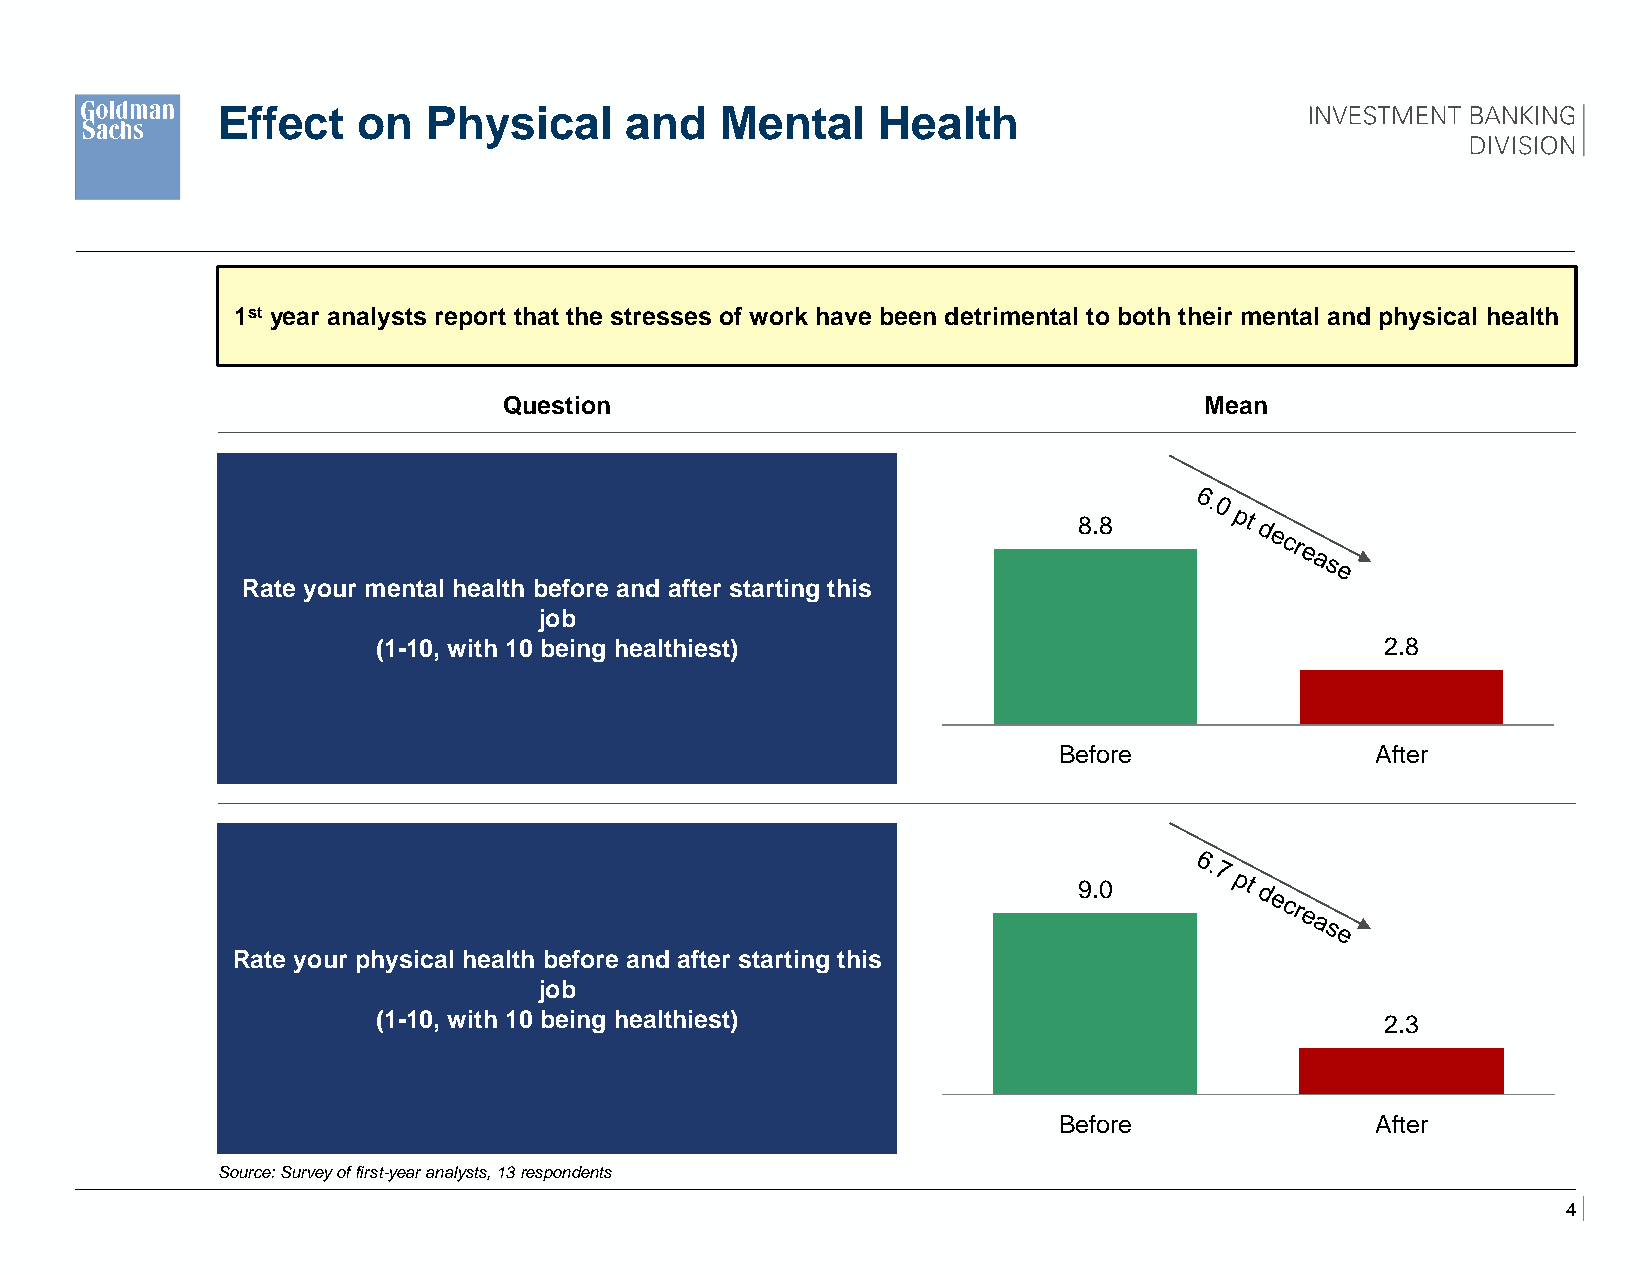
Effect    on  Physical     and    Mental    Health
 1st year analysts report that the stresses of work have been detrimental to both their mental and physical health
 Question                                       Mean
 How many hours have
 8.8
 Rate your mental health before and after starting this
 job
 (1-10, with 10 being healthiest)                                   2.8
 Before               After
 9.0
 Rate your physical health before and after starting this
 job
 (1-10, with 10 being healthiest)                                   2.3
 Before               After
 Source: Survey of first-year analysts, 13 respondents
 4